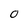
Character: O